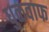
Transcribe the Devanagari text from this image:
धुळवाफ